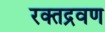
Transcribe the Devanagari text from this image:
रक्तद्रवण